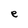
Character: e